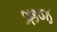
ઋજ